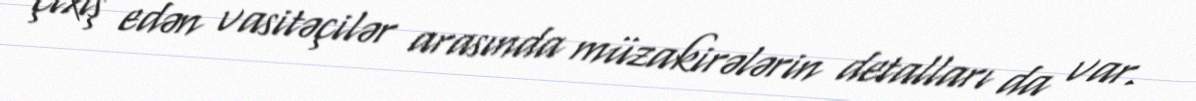
çıxış edən vasitəçilər arasında müzakirələrin detalları da var.